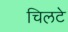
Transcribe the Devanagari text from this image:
चिलटे